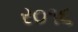
ર૦૧૬